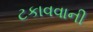
ટકાવવાની